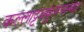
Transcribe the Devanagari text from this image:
कल्लाट्टक्कुरुप्पन्मार